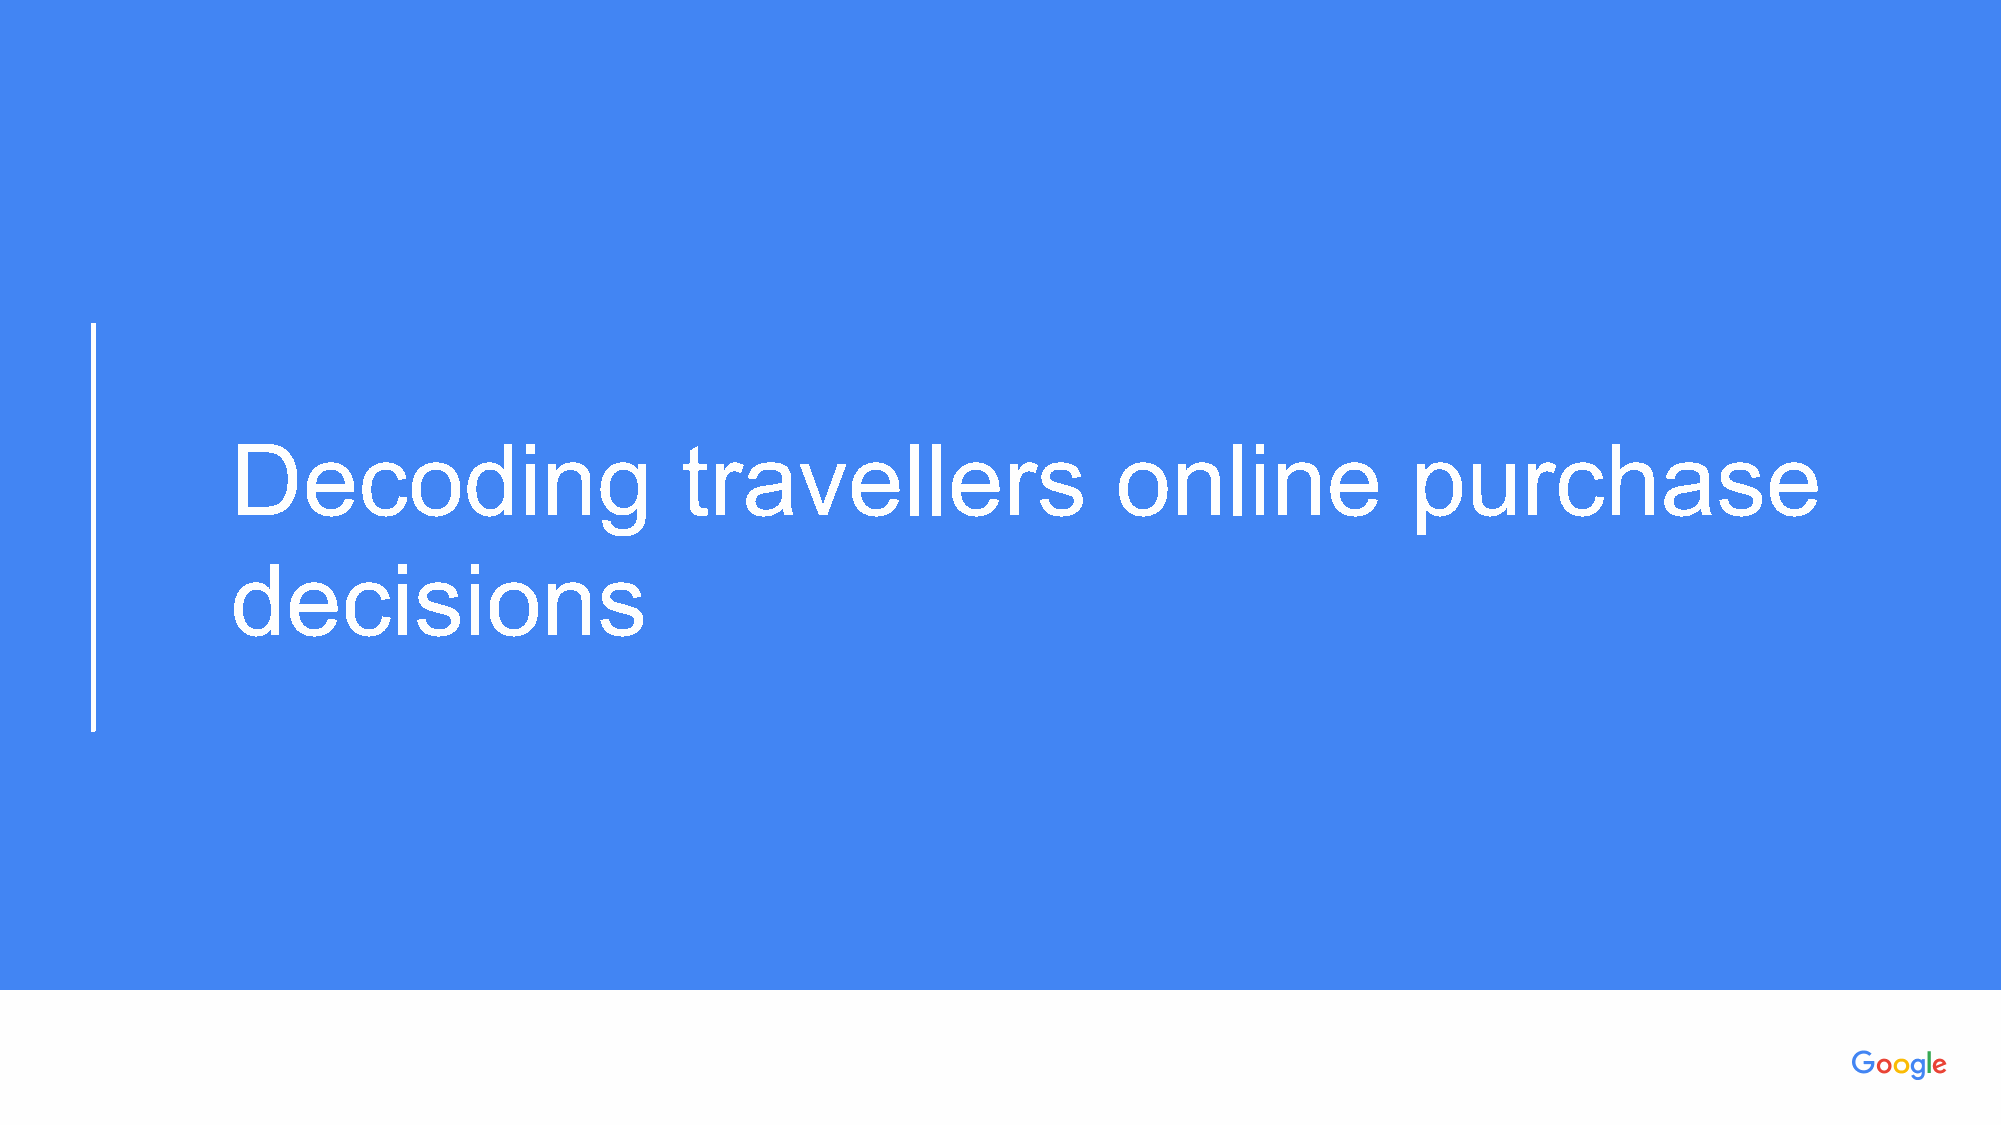
PPrroopprriieettaarryy ++ CCoonnffiiddeennttiiaall
 Decoding                      travellers                   online             purchase
 decisions